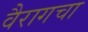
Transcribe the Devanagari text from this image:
वैरागचा